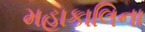
મહાકાલિના